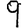
Digit: 9